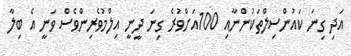
އަދި ގިނަ ކައުންސިލްތަކުންނާއި 100އަށްވުރެ ގިނަ ދީނީ އިލްމުވެރިންވެސް ވަނީ އެ ބިލާ